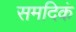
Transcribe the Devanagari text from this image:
समदिकं